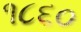
૧૮૬૦